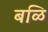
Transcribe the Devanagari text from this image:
बळि